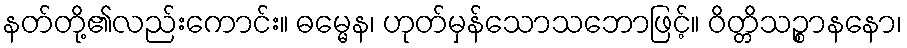
နတ်တို့၏လည်းကောင်း။ ဓမ္မေန၊ ဟုတ်မှန်သောသဘောဖြင့်။ ဝိတ္တိသဉ္စာနနော၊